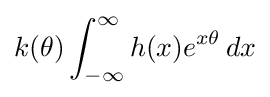
k(\theta )\int _{-\infty }^{\infty }h(x)e^{x\theta }\,dx